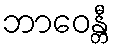
ဘာဝေန္တီ